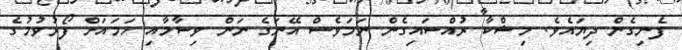
ފެނިގެން ދިޔައެވެ. މިޝްކާ ރުއްސައިގެން ނަމަވެސް އޭނަގެ ނަން ވިސާމާއި ހަމައަށް ފޯރުވުމުގެ